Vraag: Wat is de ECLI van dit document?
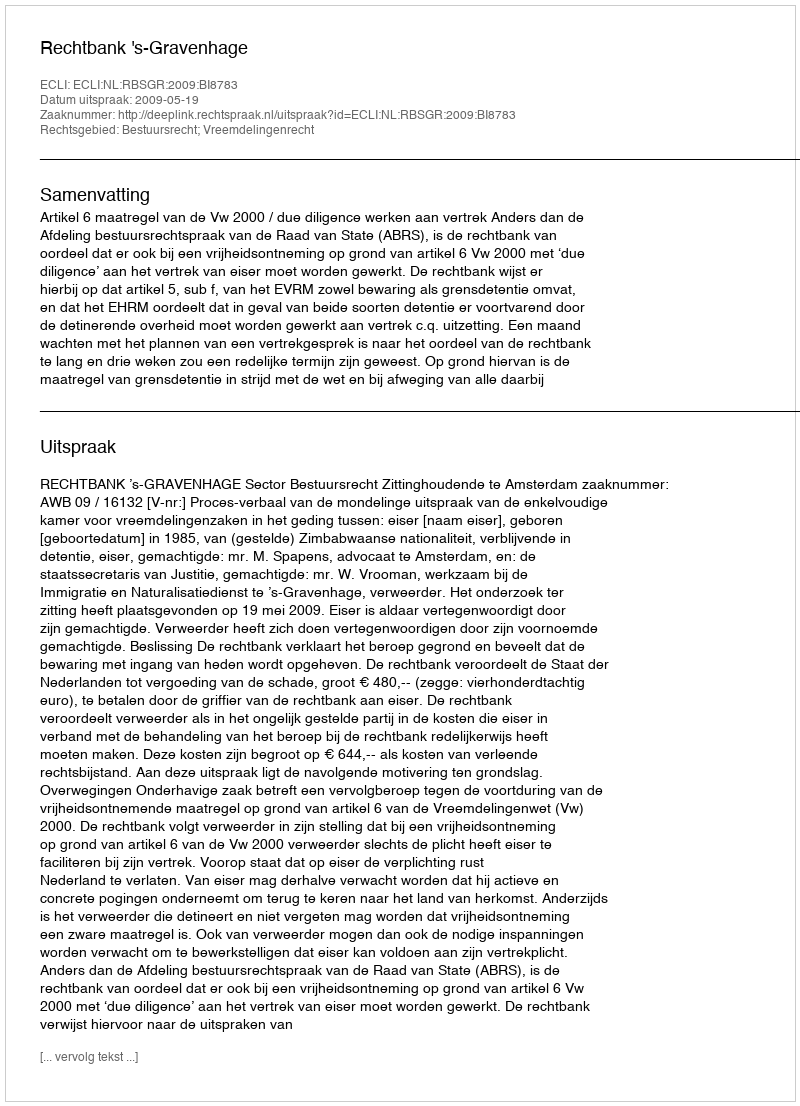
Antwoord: ECLI:NL:RBSGR:2009:BI8783